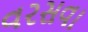
વરસવા